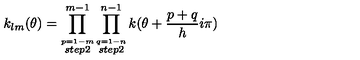
k _ { l m } ( \theta ) = \prod _ { \stackrel { p = 1 - m } { s t e p 2 } } ^ { m - 1 } \prod _ { \stackrel { q = 1 - n } { s t e p 2 } } ^ { n - 1 } k ( \theta + { \frac { p + q } { h } } i \pi )